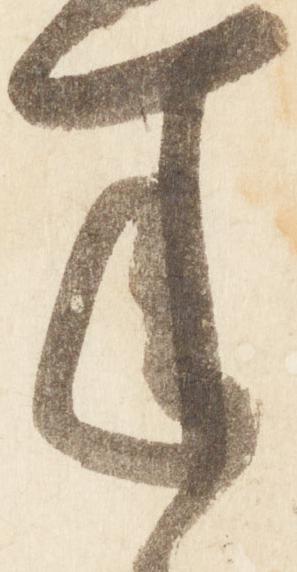
年